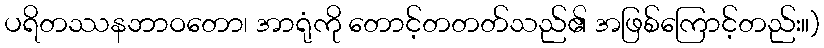
ပရိတဿနဘာဝတော၊ အာရုံကို တောင့်တတတ်သည်၏ အဖြစ်ကြောင့်တည်း။)